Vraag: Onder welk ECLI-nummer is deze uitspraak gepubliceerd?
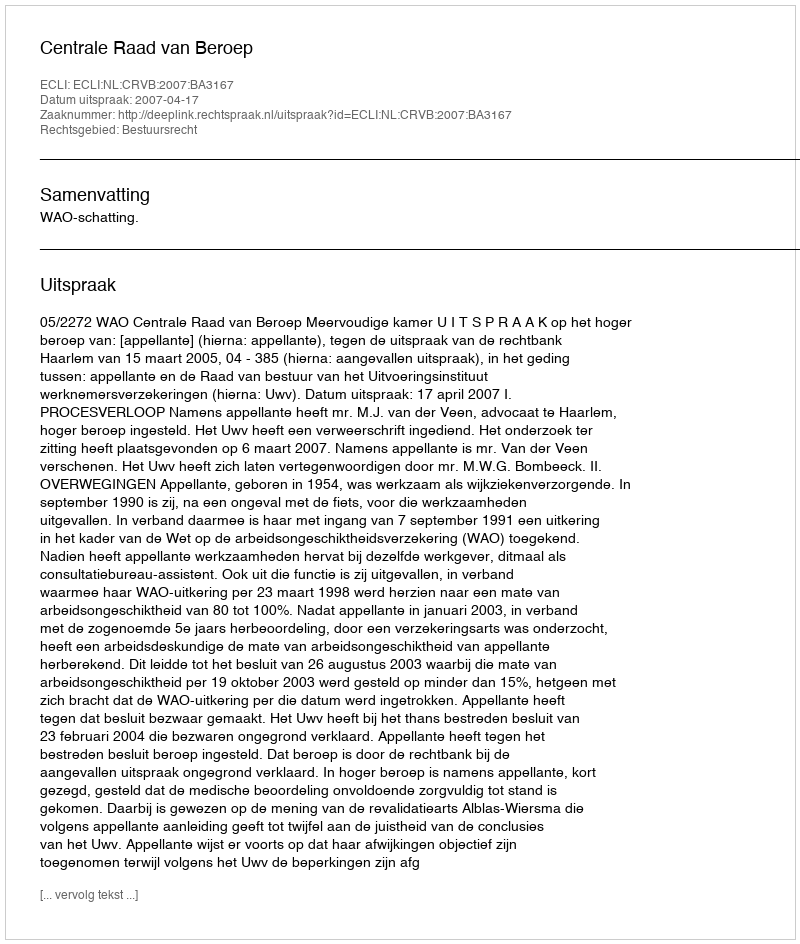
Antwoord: ECLI:NL:CRVB:2007:BA3167